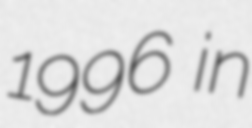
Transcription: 1996 in